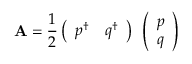
{ \bf A } = { \frac { 1 } { 2 } } \left( \begin{array} { c c } { { p ^ { \dagger } } } & { { q ^ { \dagger } } } \end{array} \right) { \bf \sigma } \left( \begin{array} { c } { { p } } \\ { { q } } \end{array} \right)